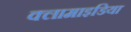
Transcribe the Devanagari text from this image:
क्लामाइडिया